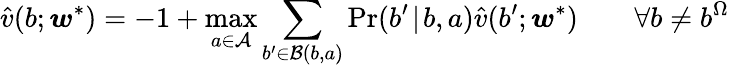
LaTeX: \hat{v}(b;\boldsymbol{w}^{*})=-1+\operatorname*{max}_{a\in\mathcal{A}}\sum_{b^{\prime}\in\mathcal{B}(b,a)}\operatorname*{Pr}(b^{\prime}\! \mid\! b,a)\hat{v}(b^{\prime};\boldsymbol{w}^{*})\qquad\forall b\neq b^{\Omega}